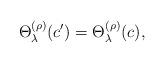
LaTeX: \begin{align*}\Theta^{(\rho)}_{\lambda}(c') = \Theta^{(\rho)}_{\lambda}(c),\end{align*}